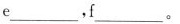
e\underline，f\underline。